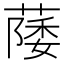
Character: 𫉛